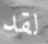
لقد